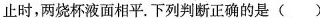
止时，两烧杯液面相平。下列判断正确的是( )